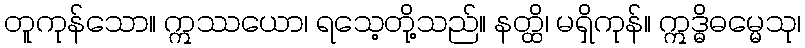
တူကုန်သော။ ဣဿယော၊ ရသေ့တို့သည်။ နတ္ထိ၊ မရှိကုန်။ ဣဒ္ဓိဓမ္မေသု၊